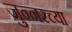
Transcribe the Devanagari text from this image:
जुन्‍नरच्या